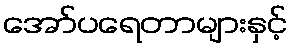
အော်ပရေတာများနှင့်